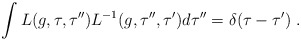
\begin{align*}\int L(g, \tau ,\tau ^{\prime \prime})L^{-1}(g, \tau^{\prime \prime} ,\tau ^{\prime })d\tau^{\prime \prime}=\delta(\tau-\tau^{\prime})\;.\end{align*}